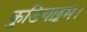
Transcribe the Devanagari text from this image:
कुडियाट्टम।